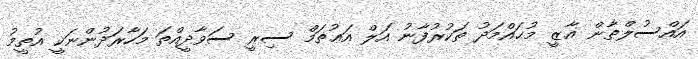
އައްސުލްޠާން ޣާޒީ މުޙައްމަދު ތަކުރުފާނު އަލް އަޢުޡަމް ސިރީ ސަވާދީއްތަ މަހާރަދުންނަކީ އުތީމު